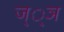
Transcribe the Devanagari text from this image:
ज््ञ